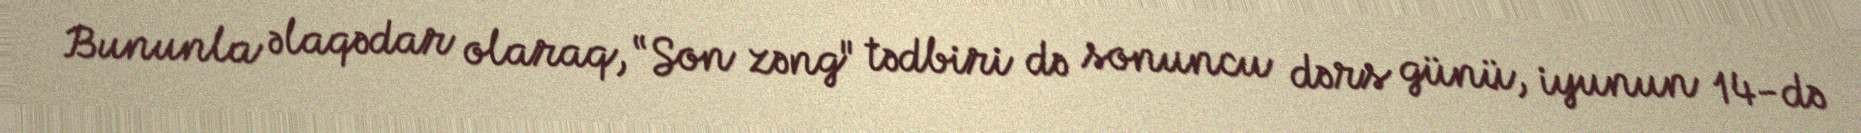
Bununla əlaqədar olaraq, “Son zəng" tədbiri də sonuncu dərs günü, iyunun 14-də